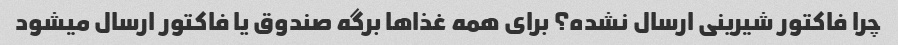
چرا فاکتور شیرینی ارسال نشده؟ برای همه غذاها برگه صندوق یا فاکتور ارسال میشود